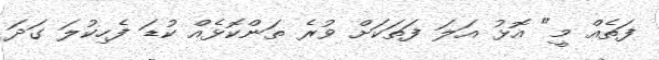
ފަތެއް މީ" އޮޅު އަލަ ފަތަކަށް ވުރެ ތަންކޮޅެއް ކުޑަ ފެހިކުލަ ގަދަ